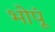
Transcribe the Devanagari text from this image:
भोपूं